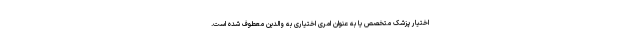
اختیار پزشک متخصص یا به عنوان امری اختیاری به والدین معطوف شده است.